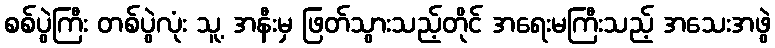
စစ်ပွဲကြီး တစ်ပွဲလုံး သူ့ အနီးမှ ဖြတ်သွားသည့်တိုင် အရေးမကြီးသည့် အသေးအဖွဲ